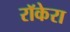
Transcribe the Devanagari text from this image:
रॉकेरा